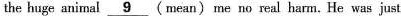
the huge animal \underline{9} (mean)me no real harm.He was just